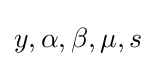
y,\alpha ,\beta ,\mu ,s